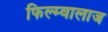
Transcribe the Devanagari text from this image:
फिल्म्वालाज